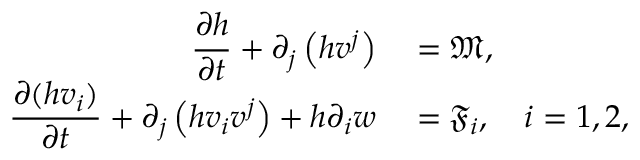
\begin{array} { r l } { \displaystyle \frac { \partial h } { \partial t } + \partial _ { j } \left( h v ^ { j } \right) } & { { } = \mathfrak { M } , } \\ { \displaystyle \frac { \partial ( h v _ { i } ) } { \partial t } + \partial _ { j } \left( h v _ { i } v ^ { j } \right) + h \partial _ { i } w } & { { } = \mathfrak { F } _ { i } , \quad i = 1 , 2 , } \end{array}